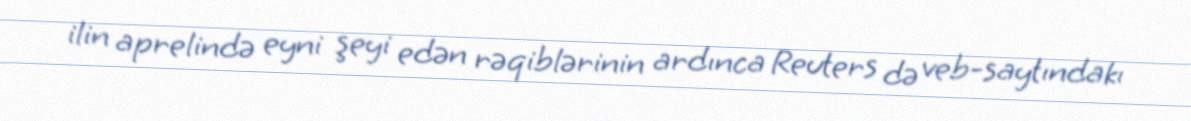
ilin aprelində eyni şeyi edən rəqiblərinin ardınca Reuters də veb-saytındakı